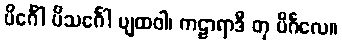
ပိင်္ဂေါ ပိသင်္ဂေါ ပျထဝါ၊ ကဠာရာဒီ တု ပိင်္ဂလေ။